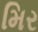
મિર